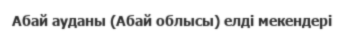
Абай ауданы (Абай облысы) елді мекендері